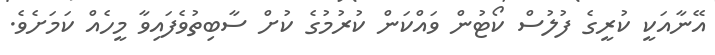
އޭނާއަކީ ކުރީގެ ފުލުސް ކޯޓުން ވައްކަން ކުރުމުގެ ކުށް ސާބިތުވެފައިވާ މީހެއް ކަމަށެވެ.